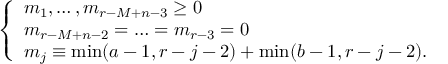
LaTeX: \left\{ \begin{array} { l } { { m _ { 1 } , \ldots , m _ { r - M + n - 3 } \geq 0 } } \\ { { m _ { r - M + n - 2 } = \ldots = m _ { r - 3 } = 0 } } \\ { { m _ { j } \equiv \operatorname * { m i n } ( a - 1 , r - j - 2 ) + \operatorname * { m i n } ( b - 1 , r - j - 2 ) . } } \end{array} \right.